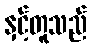
နှင့်တူသည်